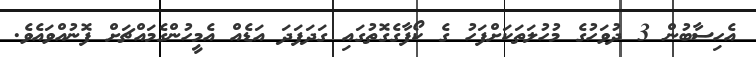
އެހިސާބުން 3 ދުވަހުގެ މުހުލަތަކަށްފަހު ގެ ކޯފާގެގޮތުގައި ގަދަފަދަ އަޑެއް އެމީހުންގެމައްޗަށް ފޮނުއްވައެވެ.